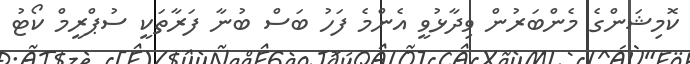
ކޮމިޝަންގެ މެންބަރުން ވިދާޅުވީ އެންމެ ފަހު ބަސް ބުނާ ފަރާތަކީ ސުޕްރީމް ކޯޓު